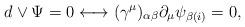
LaTeX: \begin{align*}d\vee \Psi = 0 \longleftrightarrow (\gamma^\mu)_{\alpha\beta} \partial_\mu\psi_{\beta (i)} = 0,\end{align*}